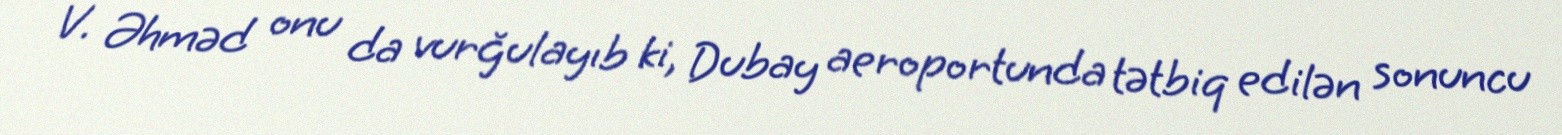
V. Əhməd onu da vurğulayıb ki, Dubay aeroportunda tətbiq edilən sonuncu